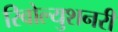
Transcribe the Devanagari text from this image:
रिवोल्युशनरी